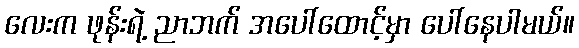
လေးက ဖုန်းရဲ့ ညာဘက် အပေါ်ထောင့်မှာ ပေါ်နေပါမယ်။